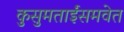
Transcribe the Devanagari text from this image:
कुसुमताईंसमवेत